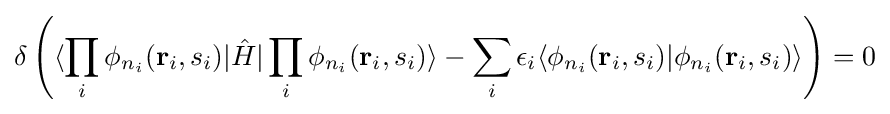
\delta \left(\langle \prod _{i}\phi _{n_{i}}(\mathbf {r} _{i},s_{i})|{\hat {H}}|\prod _{i}\phi _{n_{i}}(\mathbf {r} _{i},s_{i})\rangle -\sum _{i}\epsilon _{i}\langle \phi _{n_{i}}(\mathbf {r} _{i},s_{i})|\phi _{n_{i}}(\mathbf {r} _{i},s_{i})\rangle \right)=0